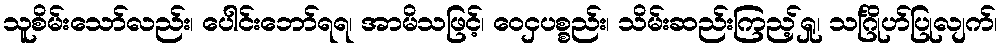
သူစိမ်းသော်လည်း၊ ပေါင်းဘော်ရရ၊ အာမိသဖြင့်၊ ဝေငှပစ္စည်း၊ သိမ်းဆည်းကြည့်ရှု၊ သင်္ဂြိုဟ်ပြုလျက်၊